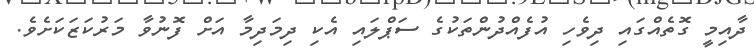
ދާއިމީ ގޮތެއްގައި ދިވެހި އުފެއްދުންތަކުގެ ސަޕްލައި އެކި ދިމަދިމާ އަށް ފޮނުވާ މަރުކަޒަކަށެވެ.